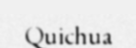
Quichua